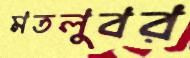
মতলুবর